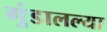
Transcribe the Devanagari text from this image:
गुंडालल्या